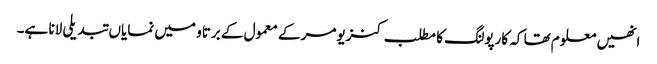
انھیں معلوم تھا کہ کارپولنگ کا مطلب کنزیومر کے معمول کے برتاو میں نمایاں تبدیلی لانا ہے۔